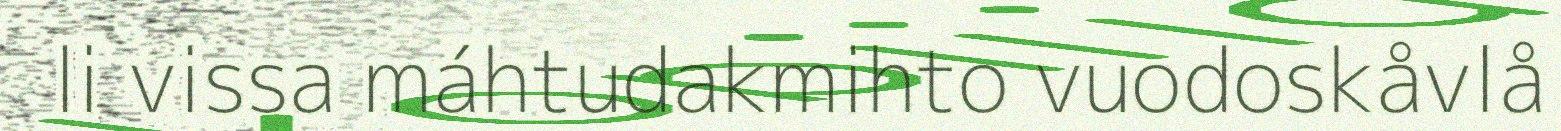
li vissa máhtudakmihto vuodoskåvlå